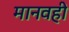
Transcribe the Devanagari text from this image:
मानवही